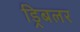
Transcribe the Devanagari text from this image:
ड्रिबलर